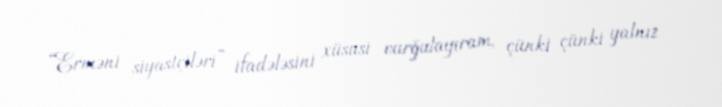
“Erməni siyastçiləri” ifadələsini xüsusi vurğulayıram, çünki çünki yalnız